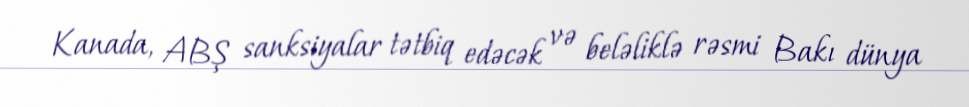
Kanada, ABŞ sanksiyalar tətbiq edəcək və beləliklə rəsmi Bakı dünya